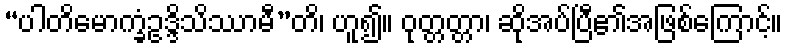
“ပါတိမောက္ခံဥဒ္ဒိသိဿာမီ”တိ၊ ဟူ၍။ ဝုတ္တတ္တာ၊ ဆိုအပ်ပြီ၏အဖြစ်ကြောင့်။